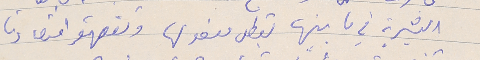
البشرية في ما بينها تعطل مفعولها وتقهقر اقتصادنا